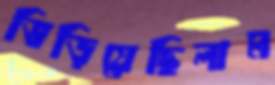
ভিড়িয়েছিলাম